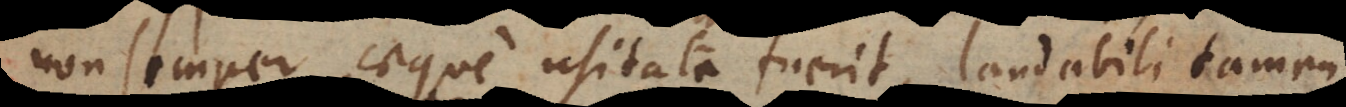
non semper aeque usitata fuerit, laudabili tamen